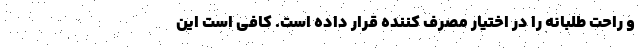
و راحت طلبانه را در اختیار مصرف کننده قرار داده است. کافی است این